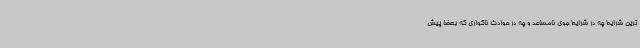
ترین شرایط چه در شرایط جوی نامساعد و چه در حوادث ناگواری که بعضا پیش